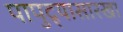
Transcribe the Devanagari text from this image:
पापुद्र्यासारखा